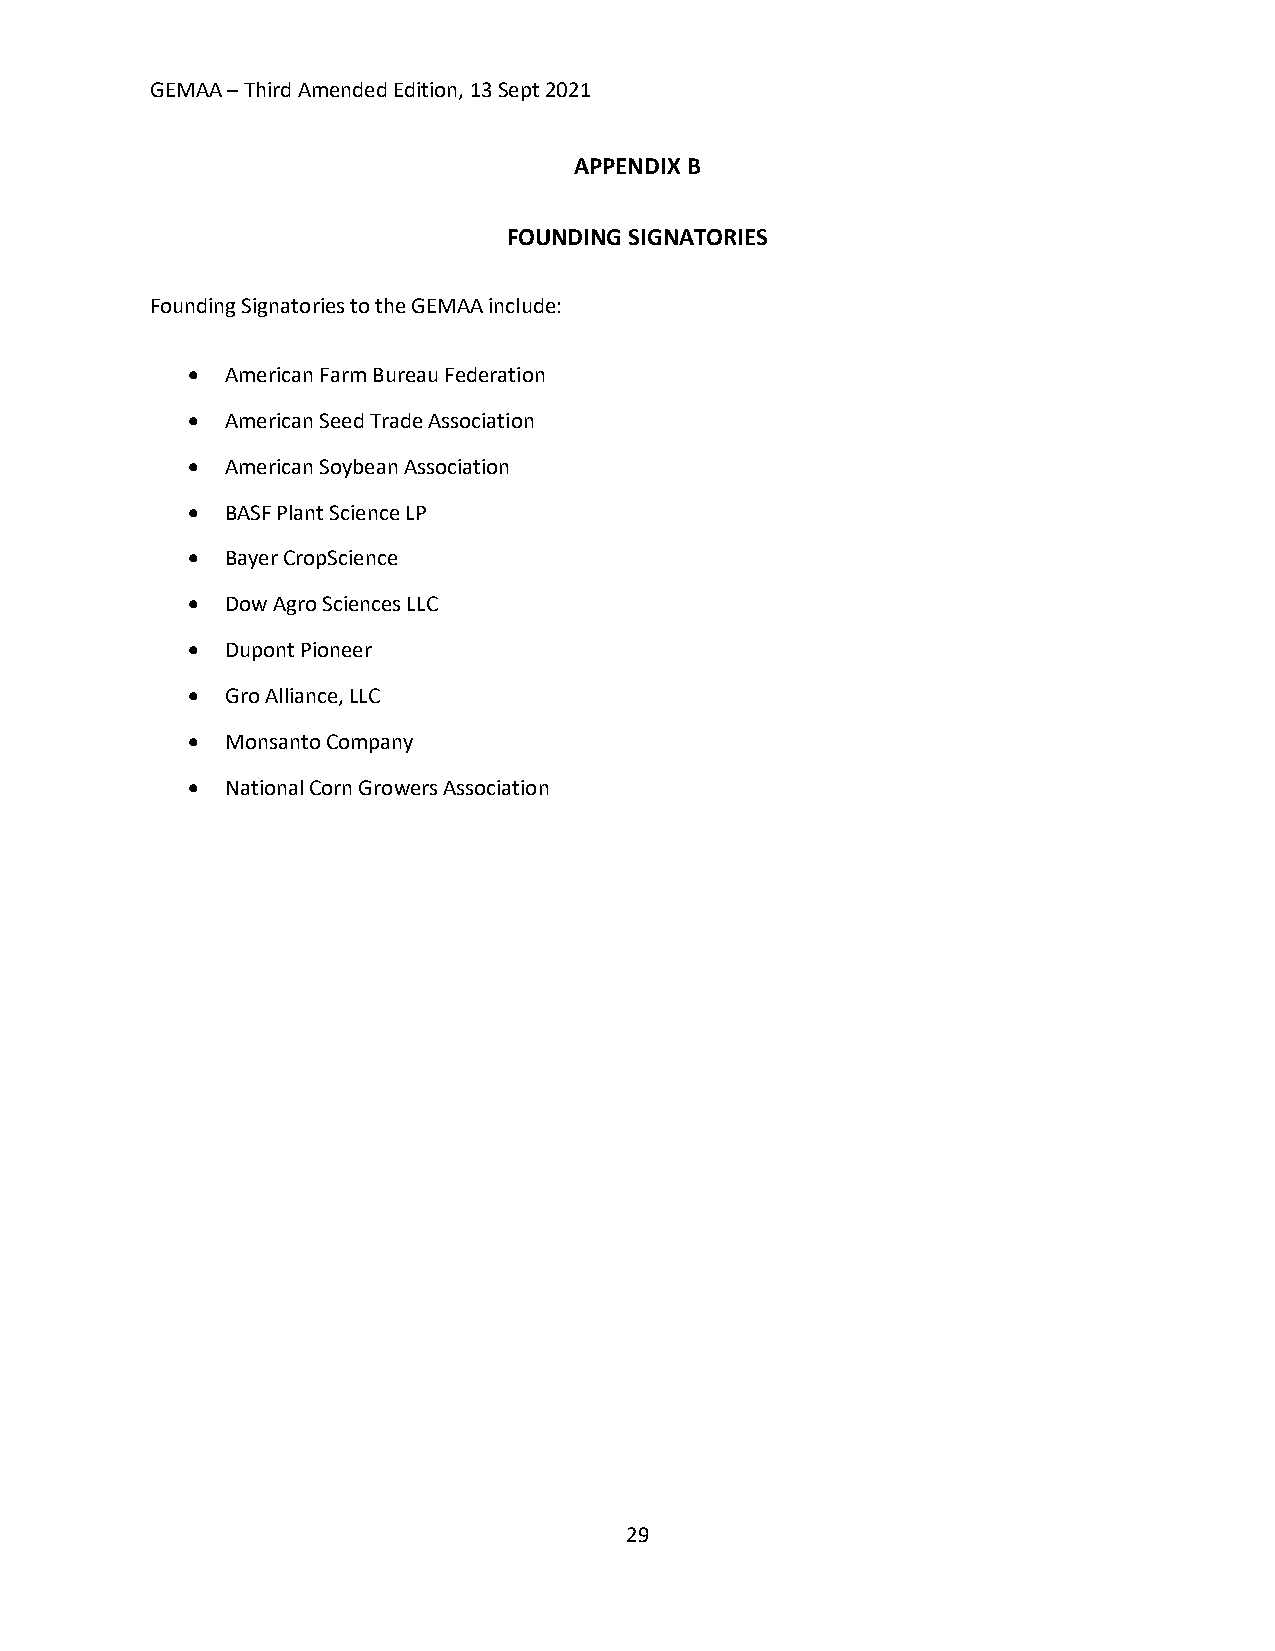
GEMAA – Third Amended Edition, 13 Sept 2021
 APPENDIX B
 FOUNDING SIGNATORIES
 Founding Signatories to the GEMAA include:
 •  American Farm Bureau Federation
 •  American Seed Trade Association
 •  American Soybean Association
 •  BASF Plant Science LP
 •  Bayer CropScience
 •  Dow Agro Sciences LLC
 •  Dupont Pioneer
 •  Gro Alliance, LLC
 •  Monsanto Company
 •  National Corn Growers Association
 29